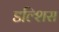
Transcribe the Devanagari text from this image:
डल्शिस